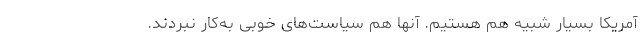
آمریکا بسیار شبیه هم هستیم. آنها هم سیاست‌های خوبی به‌کار نبردند.